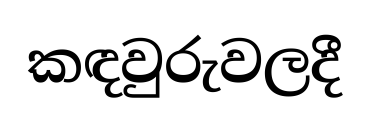
කඳවුරුවලදී